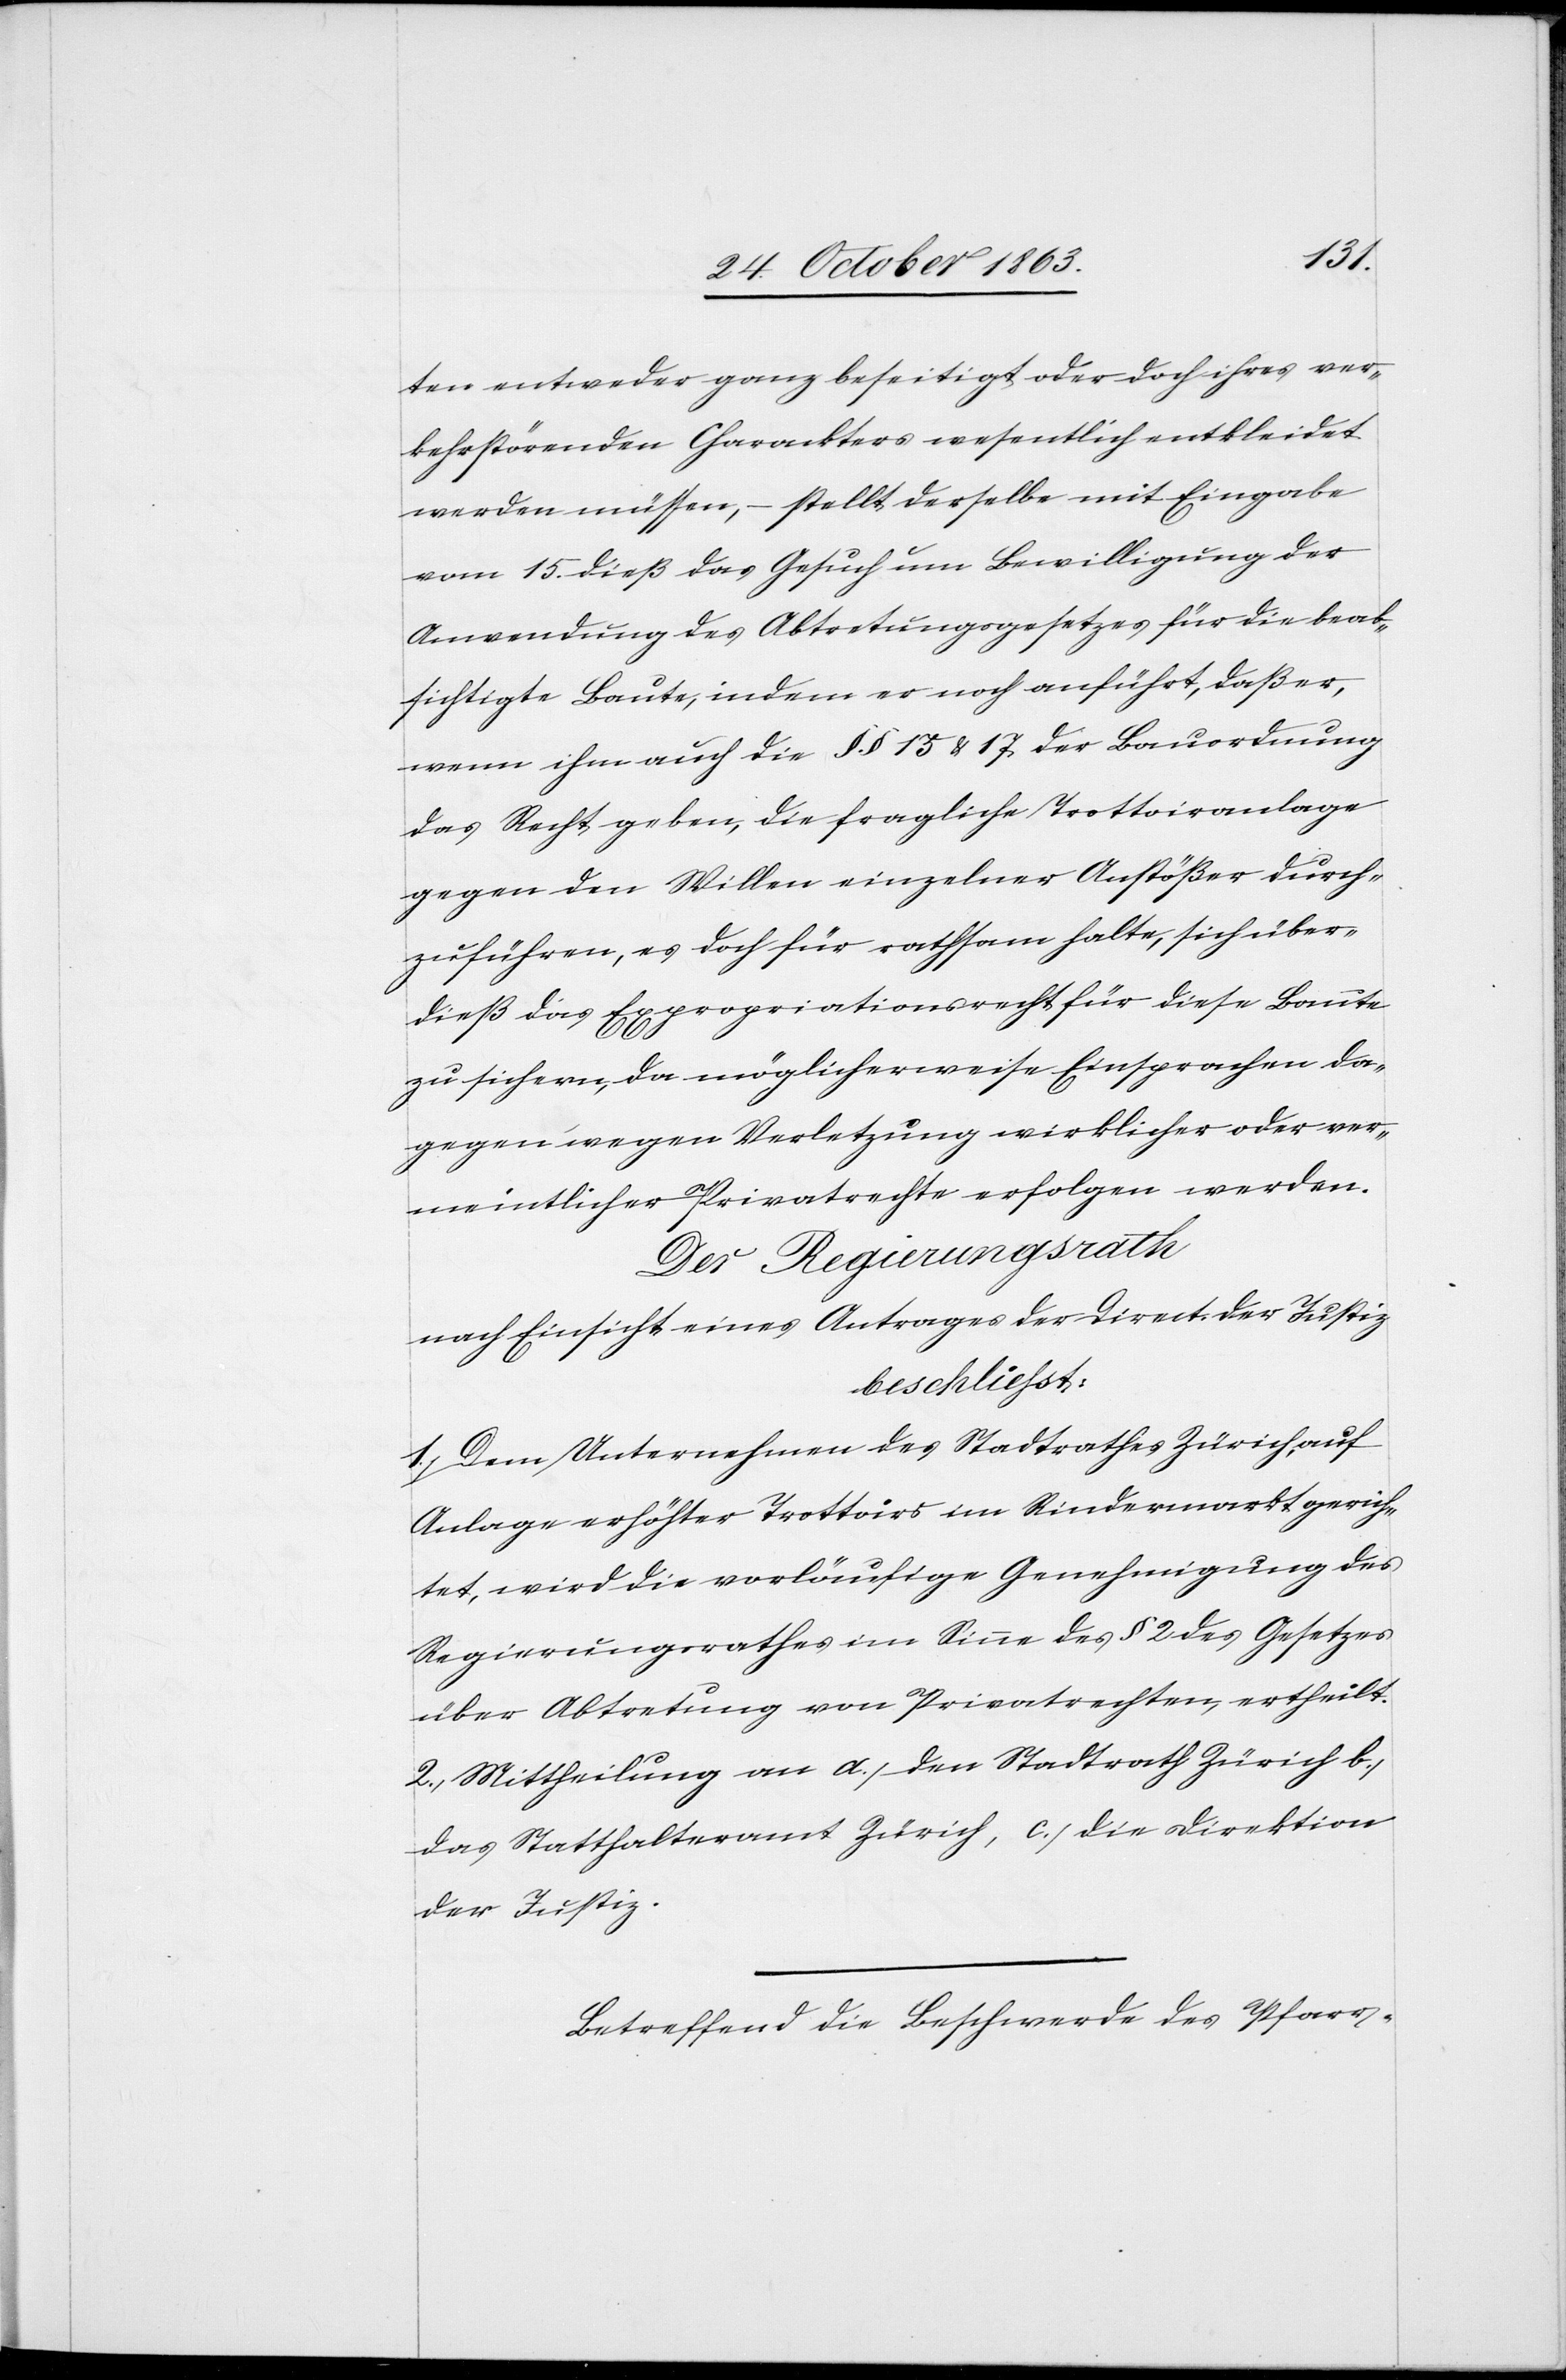
ten entweder ganz beseitigt oder doch ihres ver¬
kehrstörenden Charackters wesentlich entkleidet
werden müssen, – stellt derselbe mit Eingabe
vom 15. dieß das Gesuch um Bewilligung der
Anwendung des Abtretungsgesetzes für die beab¬
sichtigte Baute, indem er noch anführt, daß er,
wenn ihm auch die §§ 15 & 17 der Bauordnung
das Recht geben, die fragliche Trottoiranlage
gegen den Willen einzelner Anstößer durch¬
zuführen, es doch für rathsam halte, sich über¬
dieß das Expropriationsrecht für diese Baute
zu sichern, da möglicherweise Einsprachen da¬
gegen wegen Verletzung wirklicher oder ver¬
meintlicher Privatrechte erfolgen werden.
Der Regierungsrath
nach Einsicht eines Antrages der Direct. der Justiz
beschließt:
1.) Dem Unternehmen des Stadtrathes Zürich, auf
Anlage erhöhter Trottoirs im Rindermarkt gerich¬
tet, wird die vorläufige Genehmigung des
Regierungsrathes im Sinne des § 2 des Gesetzes
über Abtretung von Privatrechten, ertheilt.
2.) Mittheilung an a.) den Stadtrath Zürich b.)
das Statthalteramt Zürich, c.) die Direktion
der Justiz.
Betreffend die Beschwerde des Pfarr-